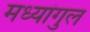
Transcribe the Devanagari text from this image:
मध्यांगुल